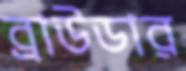
ব্রাউডার